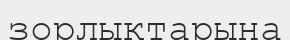
зорлықтарына